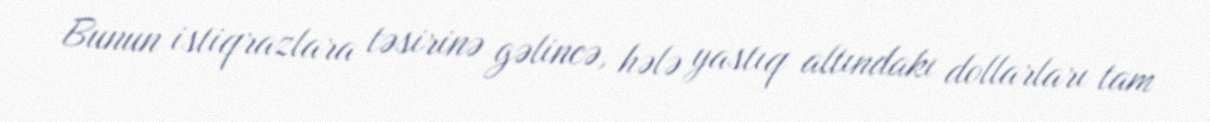
Bunun istiqrazlara təsirinə gəlincə, hələ yastıq altındakı dollarları tam